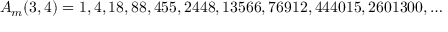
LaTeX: A _ { m } ( 3 , 4 ) = 1 , 4 , 1 8 , 8 8 , 4 5 5 , 2 4 4 8 , 1 3 5 6 6 , 7 6 9 1 2 , 4 4 4 0 1 5 , 2 6 0 1 3 0 0 , \ldots